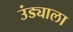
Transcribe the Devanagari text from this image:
उंड्याला